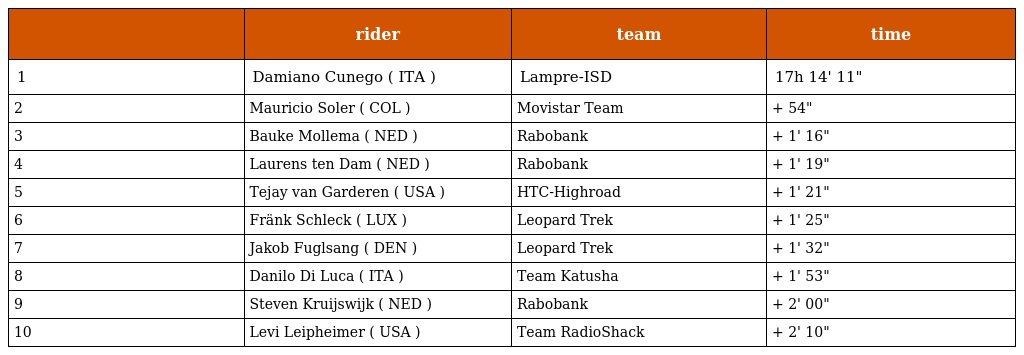
|  | rider | team | time |
 | --- | --- | --- | --- |
 | 1 | Damiano Cunego ( ITA ) | Lampre-ISD | 17h 14' 11" |
 | 2 | Mauricio Soler ( COL ) | Movistar Team | + 54" |
 | 3 | Bauke Mollema ( NED ) | Rabobank | + 1' 16" |
 | 4 | Laurens ten Dam ( NED ) | Rabobank | + 1' 19" |
 | 5 | Tejay van Garderen ( USA ) | HTC-Highroad | + 1' 21" |
 | 6 | Fränk Schleck ( LUX ) | Leopard Trek | + 1' 25" |
 | 7 | Jakob Fuglsang ( DEN ) | Leopard Trek | + 1' 32" |
 | 8 | Danilo Di Luca ( ITA ) | Team Katusha | + 1' 53" |
 | 9 | Steven Kruijswijk ( NED ) | Rabobank | + 2' 00" |
 | 10 | Levi Leipheimer ( USA ) | Team RadioShack | + 2' 10" |